Reports on dispensaries and lunatic asylums in the Province of Oudh - 1869-1876
Year: 1869
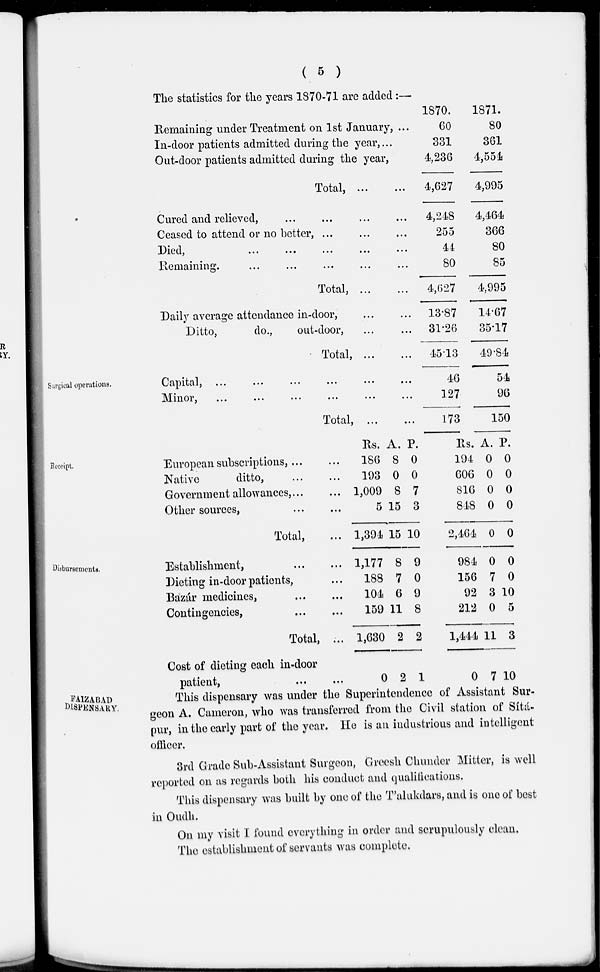
( 5 )
The statistics for the years 1870-71 are added :—
Remaining under Treatment on 1st January, ...
In-door patients admitted during the year, ...
Out-door patients admitted during the year,
Total, ... ...
Cured and relieved,
...
...
...
...
Ceased to attend or no better, ... ... ...
Died, ... ... ... ... ...
Remaining.
...
...
...
...
...
Total,
...
...
Daily average attendance in-door, ... ...
Ditto,
do.,
out-door, ... ...
Total,
...
...
1870.
60
331
4,236
4,627
4,248
255
44
80
4,627
13.87
31.26
45.13
1871.
80
361
4,554
4,995
4,464
366
80
85
4,995
14.67
35.17
49.84
Surgical operations.
Capital, ... ... ... ... ... ...
Minor,
...
...
...
...
...
...
Total,
...
...
46
127
173
54
96
150
Receipt.
European subscriptions, ... ...
Native
ditto, ... ...
Government allowances, . . . ...
Other sources,
...
...
Total, ...
Rs.
186
193
1,009
5
1,394
A.
8
0
8
15
15
P.
0
0
7
3
10
Rs.
194
606
816
848
2,464
A.
0
0
0
0
0
P.
0
0
0
0
0
Disbursements.
Establishment,
...
...
Dieting in-door patients, ...
Bazár medicines,
...
...
Contingencies,
...
...
Total, ...
Cost of dieting each in-door
patient, ... ...
1,177
188
104
159
1,630
0
8
7
6
11
2
2
9
0
9
8
2
1
984
156
92
212
1,444
0
0
7
3
0
11
7
0
0
10
5
3
10
FAIZABAD
DISPENSARY.
This dispensary was under the Superintendence of Assistant Sur-
geon A. Cameron, who was transferred from the Civil station of Sítá-
pur, in the early part of the year. He is an industrious and intelligent
officer.
3rd Grade Sub-Assistant Surgeon, Greesh Chunder Mitter, is well
reported on as regards both his conduct and qualifications.
This dispensary was built by one of the T'alukdars, and is one of best
in Oudh.
On my visit I found everything in order and scrupulously clean.
The establishment of servants was complete.